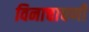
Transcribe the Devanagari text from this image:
विनाचाचणी